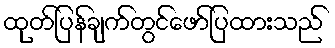
ထုတ်ပြန်ချက်တွင်ဖော်ပြထားသည်